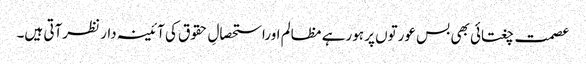
عصمت چغتائی بھی بس عورتوں پر ہورہے مظالم اوراستحصالِ حقوق کی آئینہ دار نظرآتی ہیں۔